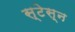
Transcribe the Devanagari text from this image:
स्टेस्न